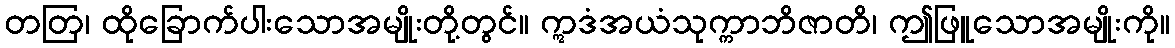
တတြ၊ ထိုခြောက်ပါးသောအမျိုးတို့တွင်။ ဣဒံအယံသုက္ကာဘိဇာတိ၊ ဤဖြူသောအမျိုးကို။